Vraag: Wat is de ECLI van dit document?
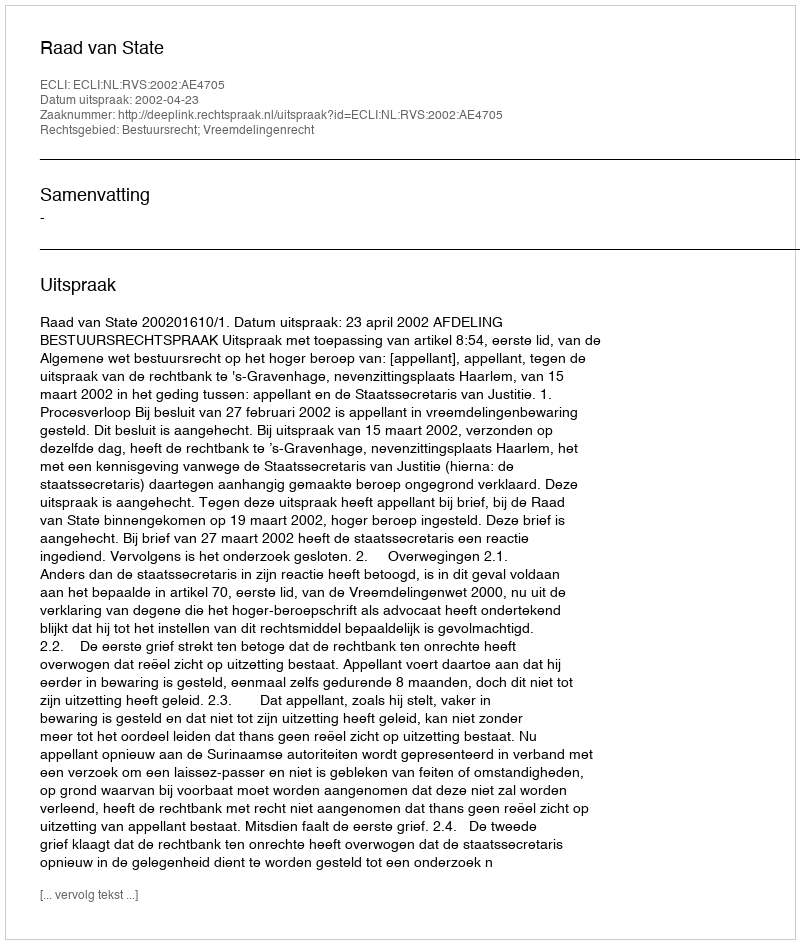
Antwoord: ECLI:NL:RVS:2002:AE4705